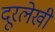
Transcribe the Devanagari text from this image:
दूरलेखी